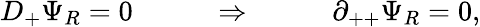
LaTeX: D_{+}\Psi_{R}=0~~~\qquad\Rightarrow~~~\qquad\partial_{++}\Psi_{R}=0,